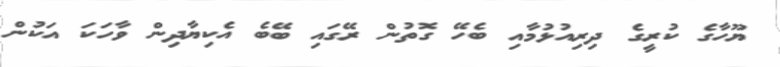
ޔޫހާގެ ކުރީގެ ދިރިއުޅުމާއި ބެހޭ ގޮތުން ރޭގައި ބޭބެ އެކިޔާދިން ވާހަކަ އަކުން